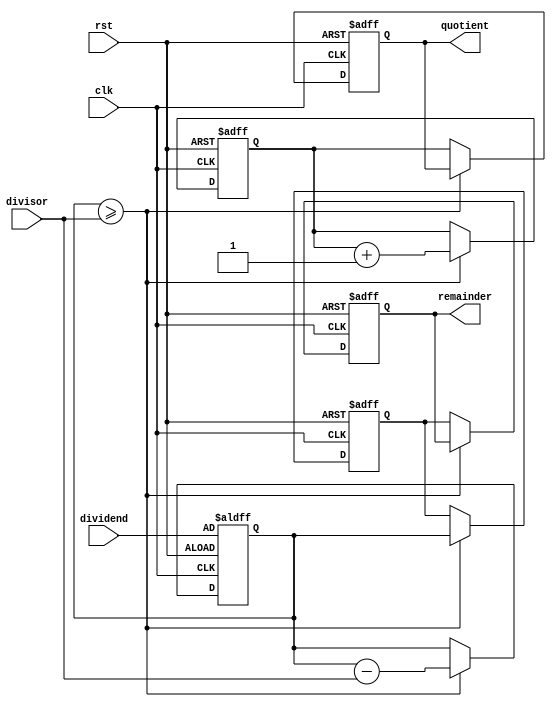
module Counter_Based_Divider (
    input clk,
    input rst,
    input [31:0] dividend,
    input [31:0] divisor,
    output reg [31:0] quotient,
    output reg [31:0] remainder
);

reg [31:0] temp_dividend;
reg [31:0] temp_remainder;
reg [31:0] count;

always @(posedge clk or posedge rst) begin
    if (rst) begin
        temp_dividend <= dividend;
        temp_remainder <= 0;
        quotient <= 0;
        remainder <= 0;
        count <= 0;
    end else begin
        if (temp_dividend >= divisor) begin
            temp_dividend <= temp_dividend - divisor;
            temp_remainder <= temp_dividend;
            count <= count + 1;
        end else begin
            quotient <= count;
            remainder <= temp_remainder;
        end
    end
end

endmodule